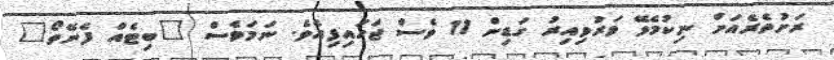
ރަށުތެރެއަށް ނިކުމެވޭ ވަރުވިއިރު ގަޑިން 11 ވެސް ޖަހައިފިއެވެ. ނަމަވެސް "ބިޓެއް ފެނޭތޯ"